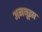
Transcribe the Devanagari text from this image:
अनबूझा